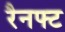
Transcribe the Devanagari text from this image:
रैनफ्‍ट